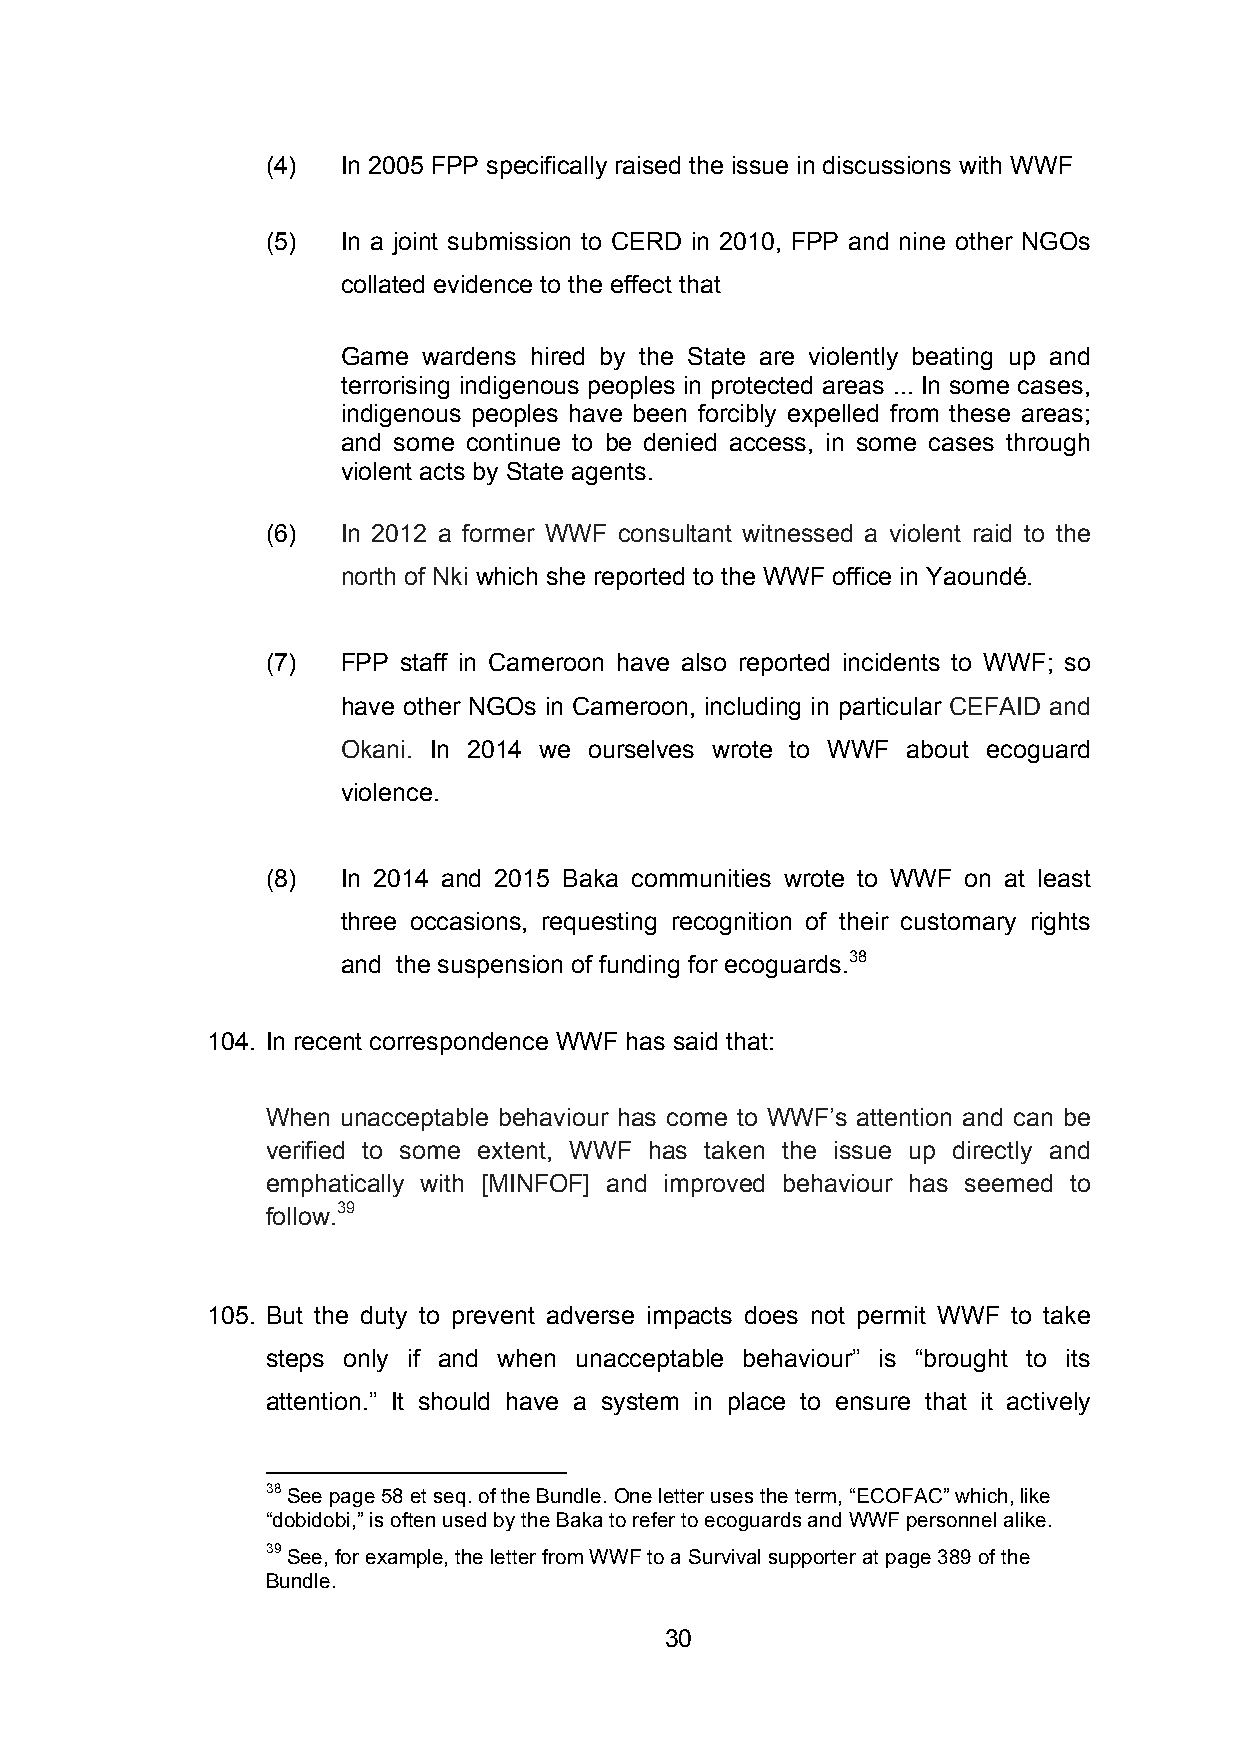
(4)  In 2005 FPP specifically raised the issue in discussions with WWF
 (5)  In a joint submission to CERD in 2010, FPP and nine other NGOs
 collated evidence to the effect that
 Game wardens hired by the State are violently beating up and
 terrorising indigenous peoples in protected areas ... In some cases,
 indigenous peoples have been forcibly expelled from these areas;
 and some continue to be denied access, in some cases through
 violent acts by State agents.
 (6)  In 2012 a former WWF consultant witnessed a violent raid to the
 north of Nki which she reported to the WWF office in Yaoundé.
 (7)  FPP staff in Cameroon have also reported incidents to WWF; so
 have other NGOs in Cameroon, including in particular CEFAID and
 Okani. In 2014 we ourselves wrote to WWF about ecoguard
 violence.
 (8)  In 2014 and 2015 Baka communities wrote to WWF on at least
 three occasions, requesting recognition of their customary rights
 and the suspension of funding for ecoguards.38
 104. In recent correspondence WWF has said that:
 When unacceptable behaviour has come to WWF’s attention and can be
 verified to some extent, WWF has taken the issue up directly and
 emphatically with [MINFOF] and improved behaviour has seemed to
 follow.39
 105. But the duty to prevent adverse impacts does not permit WWF to take
 steps only if and when unacceptable behaviour” is “brought to its
 attention.” It should have a system in place to ensure that it actively
 38 See page 58 et seq. of the Bundle. One letter uses the term, “ECOFAC” which, like
 “dobidobi,” is often used by the Baka to refer to ecoguards and WWF personnel alike.
 39 See, for example, the letter from WWF to a Survival supporter at page 389 of the
 Bundle.
 30